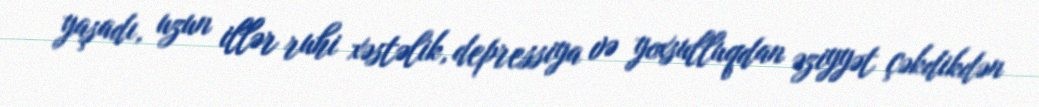
yaşadı, uzun illər ruhi xəstəlik, depressiya və yoxsulluqdan əziyyət çəkdikdən